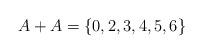
LaTeX: \begin{align*}A+A = \{0,2,3,4,5,6\}\end{align*}